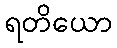
ရတိယော